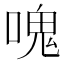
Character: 𠺌